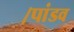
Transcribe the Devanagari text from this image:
।पांडव